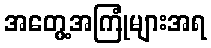
အတွေ့အကြုံများအရ